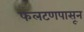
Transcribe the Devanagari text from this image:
फलटणपासून